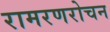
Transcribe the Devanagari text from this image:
रामरणरोचन